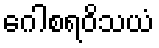
ဂေါစရဝိသယံ